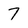
Character: 7